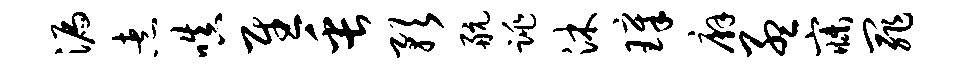
漏煮嗔慰缶预航跳沐璋廨孟寐罪